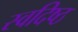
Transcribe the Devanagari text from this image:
स्वदिष्ठ